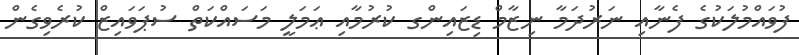
ފުވައްމުލަކުގެ ފެނާއި ނަރުދަމާ ނިޒާމް ޑިޒައިންގ ކުރުމާއި ޢަމަލީ މަސައްކަތް ސުޕަވައިޒް ކުރެވިގެން